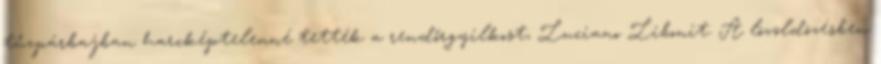
tűzpárbajban harcképtelenné tették a rendőrgyilkost, Luciano Libonit. A lövöldözésben